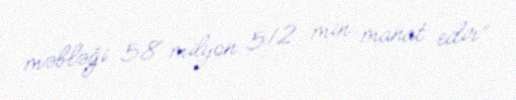
məbləği 58 milyon 512 min manat edir”.